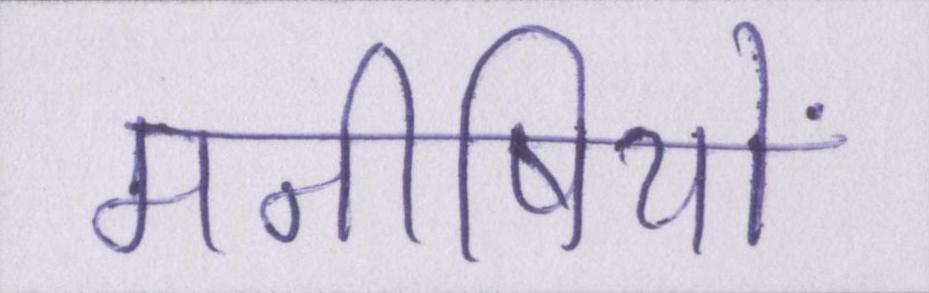
मनीषियों